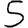
Digit: 5